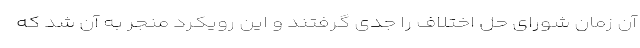
آن زمان شورای حل اختلاف را جدی گرفتند و این رویکرد منجر به آن شد که